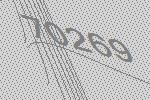
70269